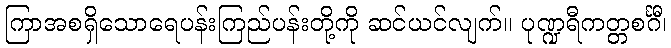
ကြာအစရှိသောရေပန်းကြည်ပန်းတို့ကို ဆင်ယင်လျက်။ ပုဏ္ဍရီကတ္တစင်္ဂီ၊